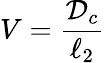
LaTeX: V=\frac{{\mathcal{D}}_{c}}{\ell_{2}}